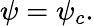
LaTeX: \psi=\psi_{c}.